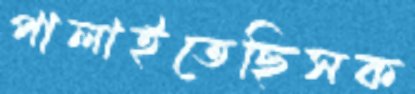
পালাইতেছিসক